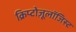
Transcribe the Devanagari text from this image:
क्रिप्टोज़ूलॉजिस्ट